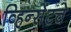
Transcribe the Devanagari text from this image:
व्हिन्सेंटचे